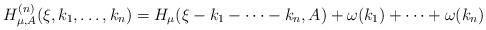
LaTeX: \begin{align*}H_{\mu,A} ^{(n)}(\xi,k_1,\dots,k_n)=H_\mu(\xi-k_1-\dots-k_n,A)+\omega(k_1)+\dots+\omega(k_n)\end{align*}